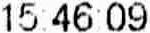
15:46:09